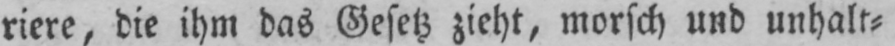
riere, die ihm das Gesetz zieht, morsch und unhalt⸗